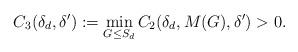
LaTeX: \begin{align*}C_3(\delta_d,\delta^{\prime}):= \min_{G \leq S_d}C_2(\delta_d, M(G), \delta^{\prime}) > 0.\end{align*}